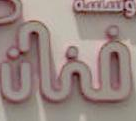
قناة